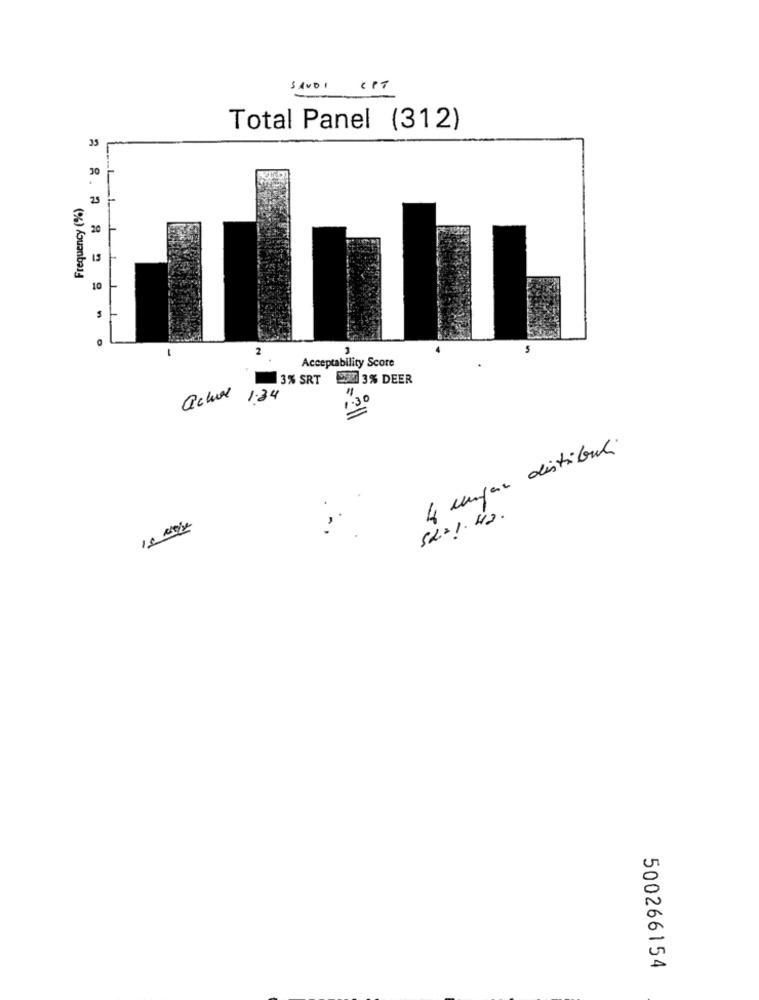
SAUDI CPT
Total Panel (312)
35
30
Frequency (%)
25
20
13
10
2
3
Acceptability Score
3% SRT 3% DEER
"1
achur
1.34
1.30
4 cmper distribuci
Sh=1.42.
500266154